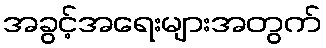
အခွင့်အရေးများအတွက်